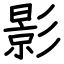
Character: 影